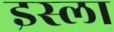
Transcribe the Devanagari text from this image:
इस्‍ला